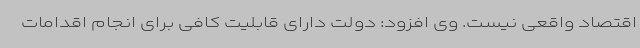
اقتصاد واقعی نیست. وی افزود: دولت دارای قابلیت کافی برای انجام اقدامات